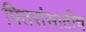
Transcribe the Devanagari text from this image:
पितरांसाठीच